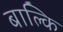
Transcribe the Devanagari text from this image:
बाल्कि